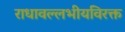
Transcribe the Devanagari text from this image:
राधावल्लभीयविरक्त